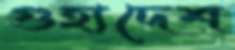
গুহ্যদেশ